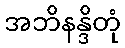
အဘိနန္ဒိတုံ